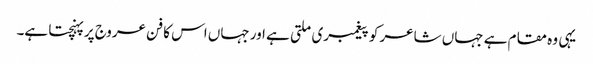
یہی وہ مقام ہے جہاں شاعر کو پیغمبری ملتی ہے اور جہاں اس کا فن عروج پر پہنچتا ہے۔